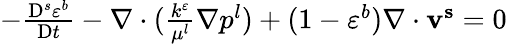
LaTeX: \begin{array}{r}{-\frac{\mathrm{D}^{s}\varepsilon^{b}}{\mathrm{D}t}-\nabla\cdot(\frac{k^{\varepsilon}}{\mu^{l}}\mathbf{\nabla}p^{l})+(1-\varepsilon^{b})\nabla\cdot\mathbf{v^{s}}=0}\end{array}